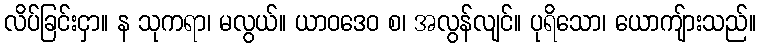
လိပ်ခြင်းငှာ။ န သုကရာ၊ မလွယ်။ ယာဝဒေဝ စ၊ အလွန်လျင်။ ပုရိသော၊ ယောကျ်ားသည်။